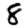
Digit: 8